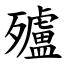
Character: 㱺